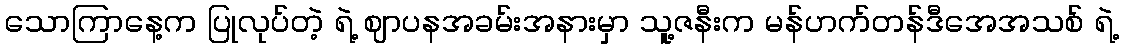
သောကြာနေ့က ပြုလုပ်တဲ့ ရဲ့ ဈာပနအခမ်းအနားမှာ သူ့ဇနီးက မန်ဟက်တန်ဒီအေအသစ် ရဲ့